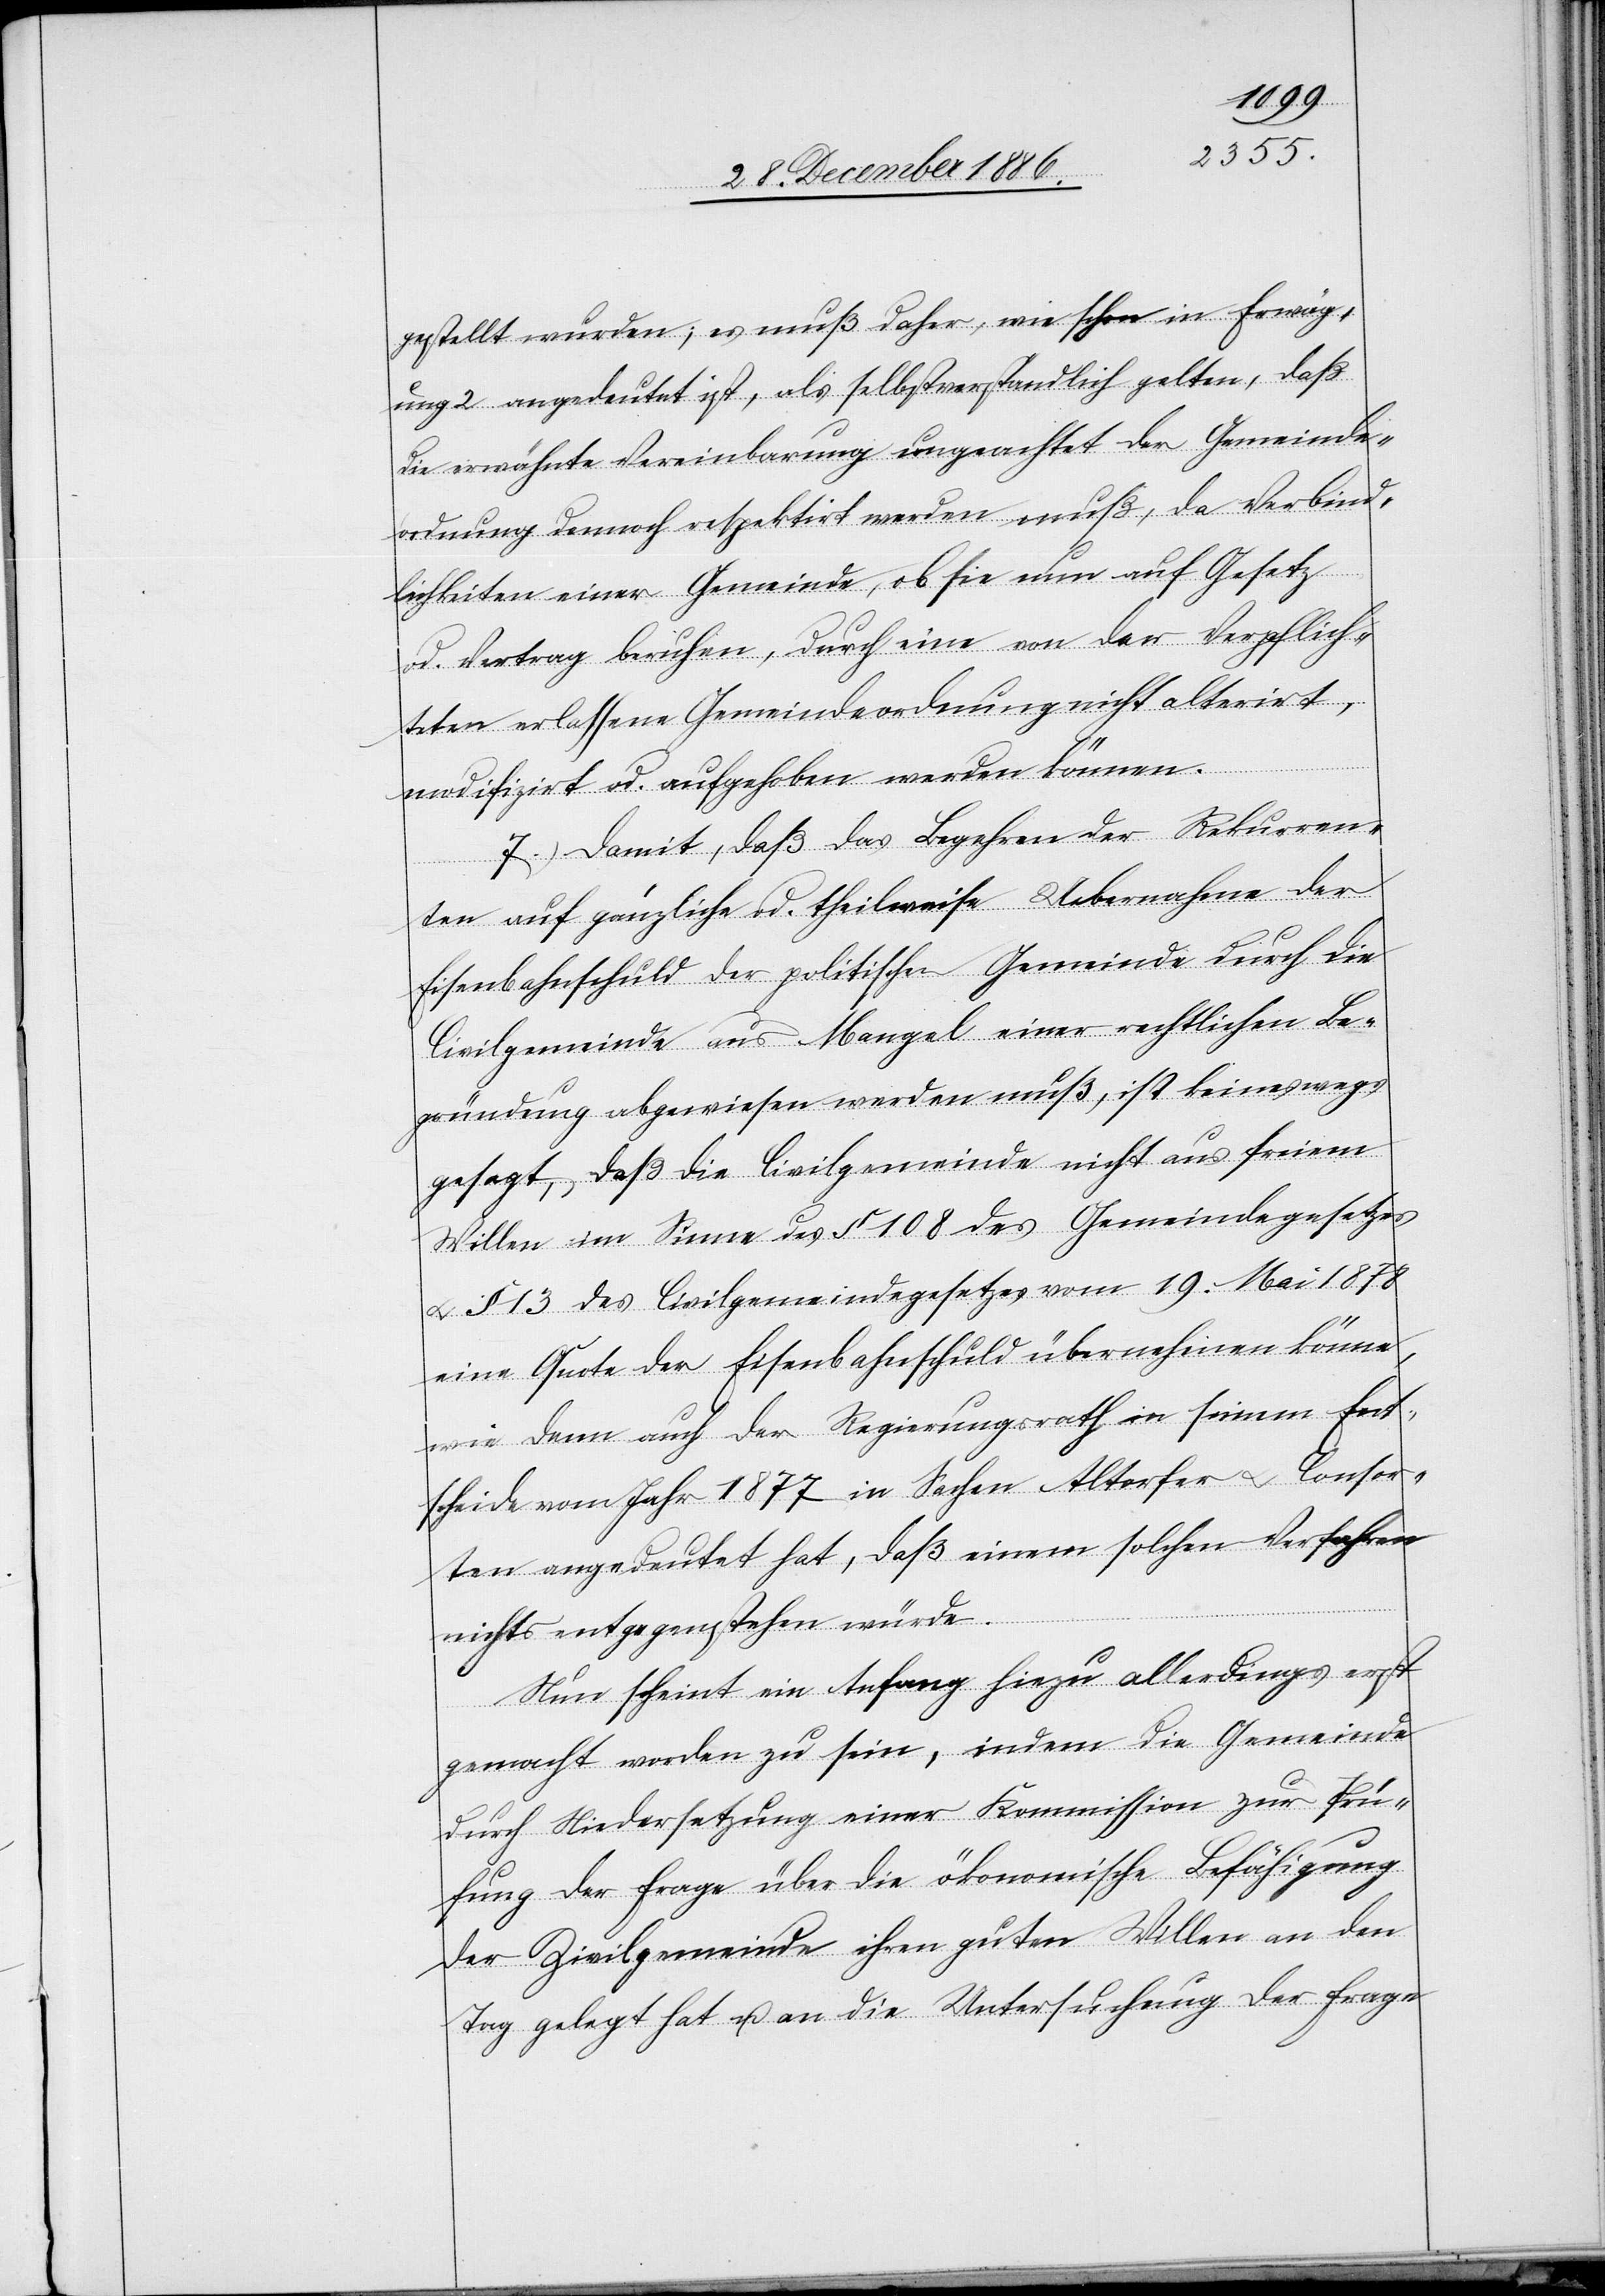
gestellt wurden; u. muß daher, wie schon in Erwäg¬
ung 2 angedeutet ist, als selbstverständlich gelten, daß
die erwähnte Vereinbarung ungeachtet der Gemeinde¬
ordnung dennoch respektirt werden muß, da Verbind¬
lichkeiten einer Gemeinde, ob sie nun auf Gesetz
od. Vertrag beruhen, durch eine von der Verpflich¬
teten erlassene Gemeindeordnung nicht alterirt,
modifizirt od. aufgehoben werden können.
7.) Damit, daß das Begehren der Rekurren¬
ten auf gänzliche od. theilweise Uebernahme der
Eisenbahnschuld der politischen Gemeinde durch die
Civilgemeinde aus Mangel einer rechtlichen Be¬
gründung abgewiesen werden muß, ist keineswegs
gesagt, daß die Civilgemeinde nicht aus freiem
Willen im Sinne des § 108 des Gemeindegesetzes
& § 13 des Civilgemeindegesetzes vom 19. Mai 1878
eine Quote der Eisenbahnschuld übernehmen könne,
wie denn auch der Regierungsrath in seinem Ent¬
scheide vom Jahr 1877 in Sachen Altorfer & Consor¬
ten angedeutet hat, daß einem solchen Verfahren
nichts entgegenstehen würde.
Nun scheint ein Anfang hiezu allerdings erst
gemacht worden zu sein, indem die Gemeinde
durch Niedersetzung einer Kommission zur Prü¬
fung der Frage über die ökonomische Befähigung
der Zivilgemeinde ihren guten Willen an den
Tag gelegt hat u. an die Untersuchung der Frage